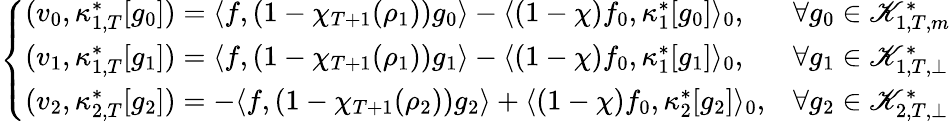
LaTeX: \left\{ \begin{array}{ll}{(v_{0},\kappa_{1,T}^{*}[g_{0}])=\langle f,(1-\chi_{T+1}(\rho_{1}))g_{0}\rangle-\langle(1-\chi)f_{0},\kappa_{1}^{*}[g_{0}]\rangle_{0},}&{\forall g_{0}\in\mathscr K_{1,T,m}^{*}}\\ {(v_{1},\kappa_{1,T}^{*}[g_{1}])=\langle f,(1-\chi_{T+1}(\rho_{1}))g_{1}\rangle-\langle(1-\chi)f_{0},\kappa_{1}^{*}[g_{1}]\rangle_{0},}&{\forall g_{1}\in\mathscr K_{1,T,\perp}^{*}}\\ {(v_{2},\kappa_{2,T}^{*}[g_{2}])=-\langle f,(1-\chi_{T+1}(\rho_{2}))g_{2}\rangle+\langle(1-\chi)f_{0},\kappa_{2}^{*}[g_{2}]\rangle_{0},}&{\forall g_{2}\in\mathscr K_{2,T,\perp}^{*}}\end{array}\right.